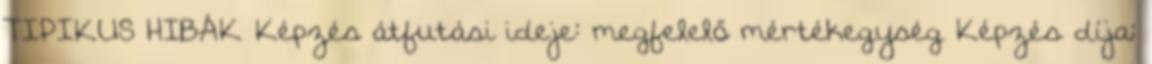
TIPIKUS HIBÁK Képzés átfutási ideje: megfelelő mértékegység Képzés díja: